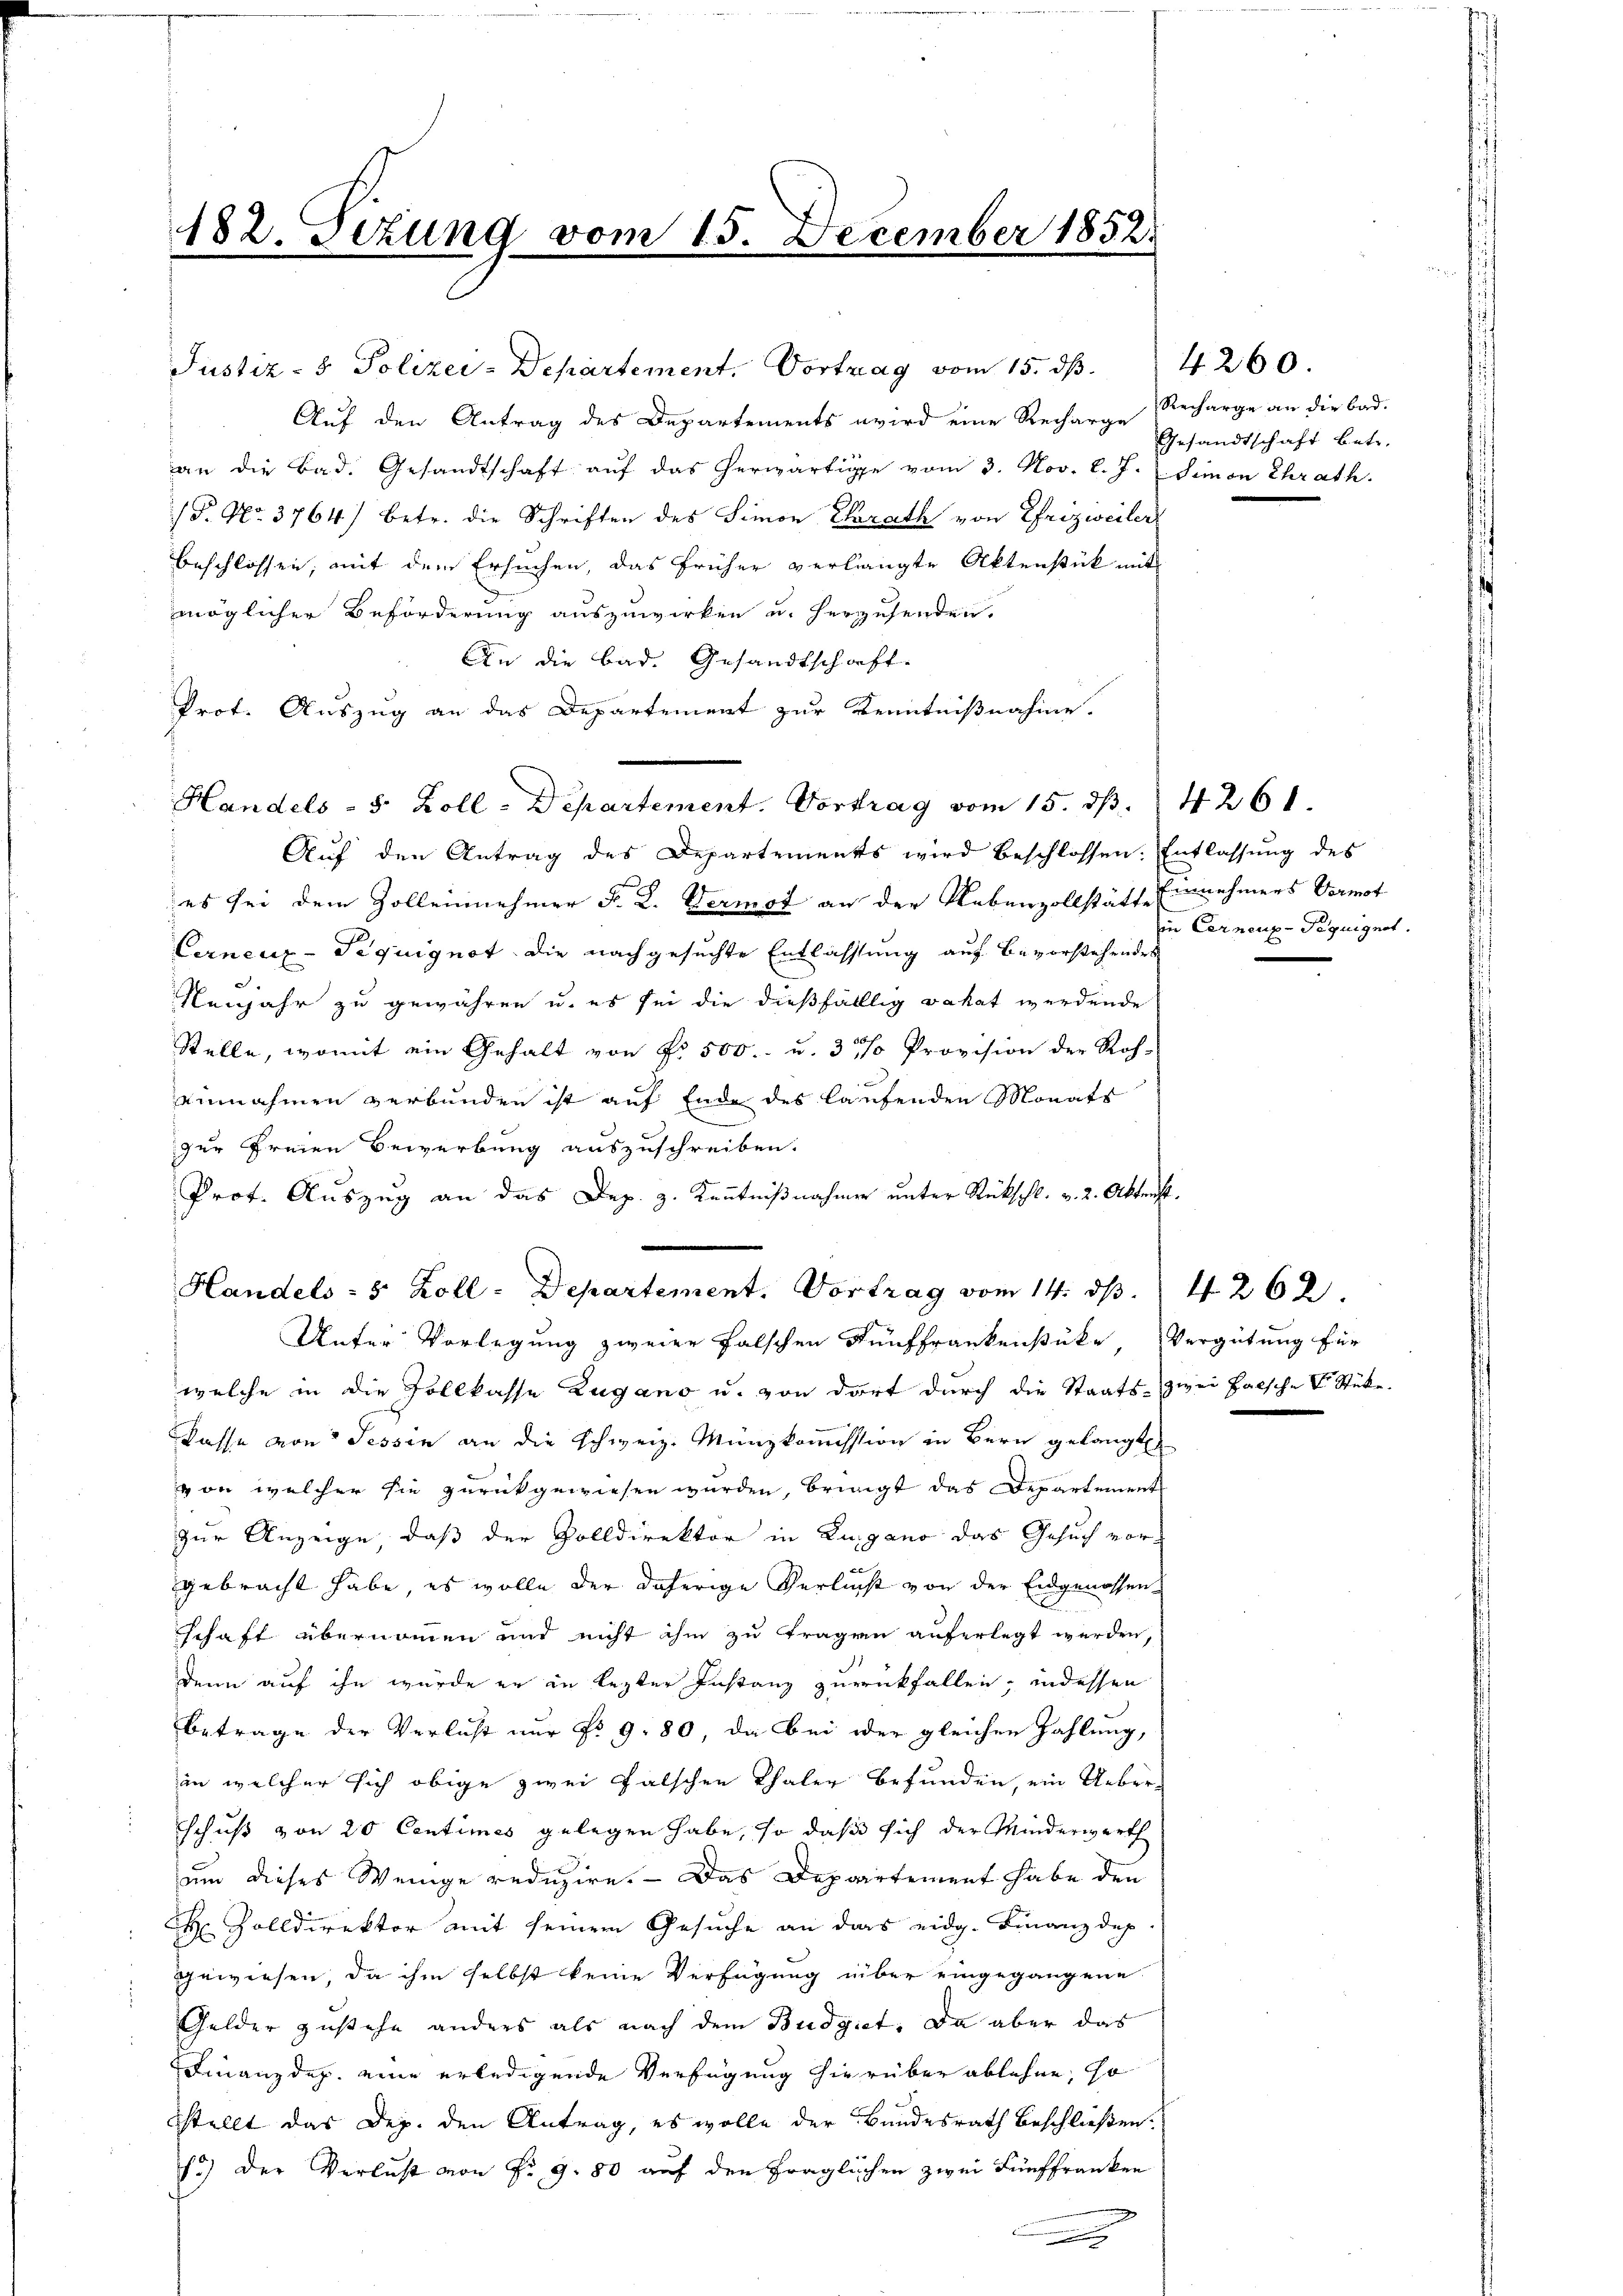
182. Sezung vom 15. December 1852.

Auf den Antrag des Departements wird eine Recharge Recharge an die Bad-
an die Bad. Gesandtschaft aŭf das herwärtige vom 3. Nov. l. J. (Simon Chrath.
/B. No. 3764) betr. die Schriften des Simon Curath von Efrizweiler
beschlossen, mit dem Ersuchen, das früher verlangte Aktenstück mit
möglicher Beförderung auszuwirken u. herzusenden.
An die Bad. Gesandtschaft.
Prot. Auszug an das Departement zur Kenntnißnahme.
Auf den Antrag des Departements wird beschlossen. Entlassung des
es sei dem Zolleinehmer F. L. Vermet an der Nebenzollstätte Einnehmers Vormot
Cernenz-Tequignot. Die nachgesuchte Entlassung auf Bevorstehendes
Nenjahr zu gewähren u. es sei die dießfälllig vakat werdende
Stelle, womit ein Gehalt von Nr. 500.- u. 3 % Provision der Roh-
einnahmen verbunden ist auf Ende des laufenden Monats
zur Freien Bewerbung auszuschreiben.
Prot. Auszug an das Dep. 3. Kenntnißnahmer unter Rückschl. v. 2. Aktenst.
Unter Vorlegung zweier falschen Fünffrankenstücke, Vergütung für
welche in die Zollkasse Zugano u. von dort durch die Staats- zwei Falsche V Stücke.
Kasse von Tessin an die Schweiz. Münzkommission in Bern gelangt
von welcher sie zurückgewiesen werden, bringt das Departement
zur Anzeige, daß der Zolldirektor in Lugano das Gesuch vor-
gebracht habe, es wolle der daherige Verlucht von der Eidgenossen
schaft übernommen und nicht ihm zu tragen auferlegt werden,
denn auf ihn wurde er in lezter Instanz zurückfallen, indessen
Betrage der Verlust nur No 980, da bei oder gleichen Zahlung,
in welcher sich obige zwei falschen Thaler befunden, ein Ueberschuß von 20 Centimes gelegen habe, so daß sich der Minderwerth
um dieses Wenige reduzire. Das Departement habe den
 Zolldirektor mit seinem Gesuche an das eidg. Finanzdep
gewiesen, da ihm selbst keine Verfügung über eingegangene
Gelder zustehe anders als nach dem Budgiet. Da aber das
Finanzdep. eine erledigende Verfügung hierüber ablehne, so
Stellt das Dep. den Antrag, es wolle der Bundesrath beschließen.
f.) Der Verlust von Fr. 9. 80 auf den fraglichen zwei Fünffranken
.

Handels- 5 Zoll-Departement. Vortrag vom 15. d. 14261.

Justiz- & Polizei-Departement. Vortrag vom 15. dß. 4260.

Handels- 5 Zoll-Departement. Vortrag vom 14. d. 4262.

Gesandtschaft betr.

in Cernenz-Teguignet.